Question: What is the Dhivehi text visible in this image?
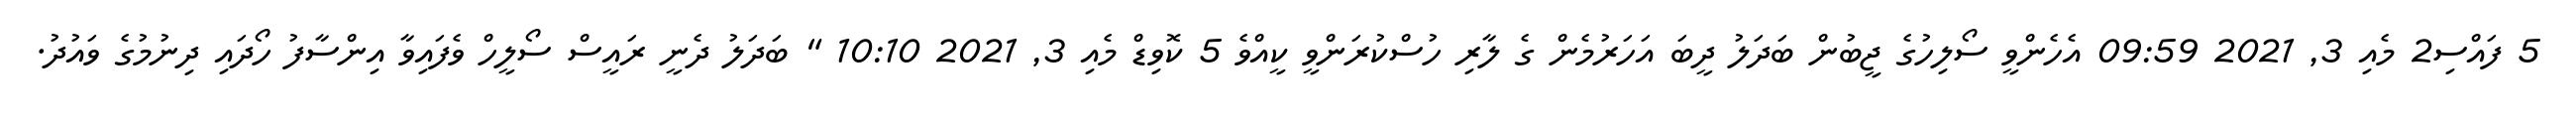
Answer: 5 ފައްސި2 މެއި 3, 2021 09:59 އެހެންވީ ސޯލިހުގެ ޖީބުން ބަދަލު ދީބަ އަހަރުމެން ގެ ލާރި ހުސްކުރަންވީ ކީއްވެ 5 ކޮވިޑް މެއި 3, 2021 10:10 " ބަދަލު ދެނީ ރައީސް ސޯލީހް ވެފައިވާ އިންސާފު ހޯދައި ދިނުމުގެ ވައުދު.